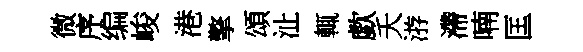
微序编峻港擎頌沚輒歔夭㳺滯喃匡